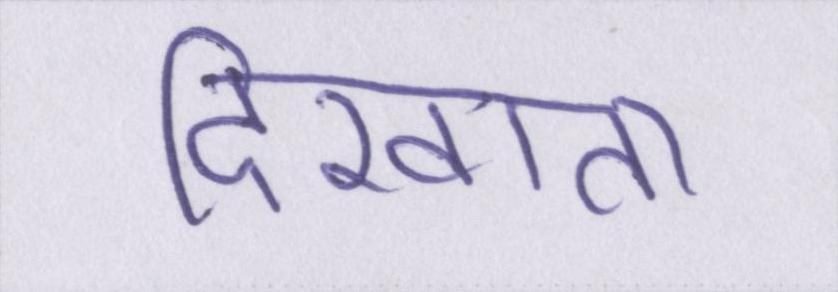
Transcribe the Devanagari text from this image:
दिखाता